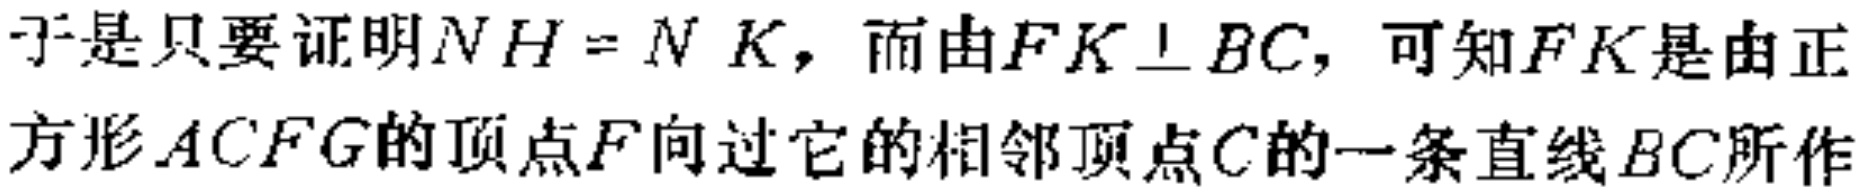
于是只要证明\(NH = NK\)，而由\(FK\perp BC\)，可知\(FK\)是由正方形\(ACFG\)的顶点\(F\)向过它的相邻顶点\(C\)的一条直线\(BC\)所作